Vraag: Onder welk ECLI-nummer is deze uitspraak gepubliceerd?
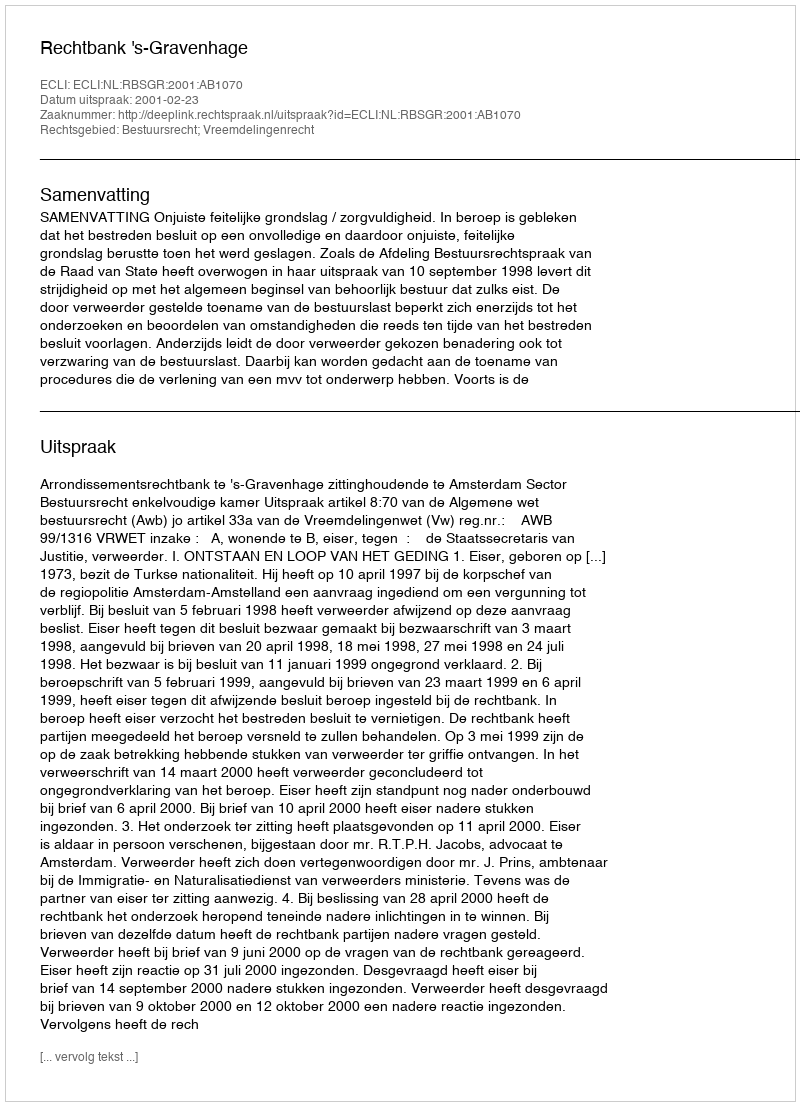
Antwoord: ECLI:NL:RBSGR:2001:AB1070